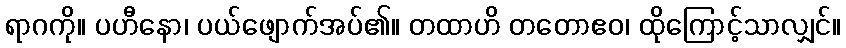
ရာဂကို။ ပဟီနော၊ ပယ်ဖျောက်အပ်၏။ တထာဟိ တတောဧဝ၊ ထိုကြောင့်သာလျှင်။